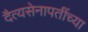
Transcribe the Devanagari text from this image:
दैत्यसेनापतींच्या